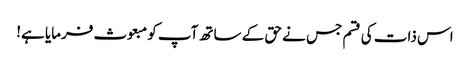
اس ذات کی قسم جس نے حق کے ساتھ آپ کو مبعوث فرمایا ہے!